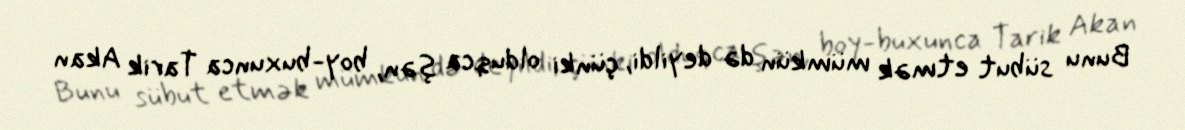
Bunu sübut etmək mümkün də deyildi, çünki olduqca şən, boy-buxunca Tarik Akan